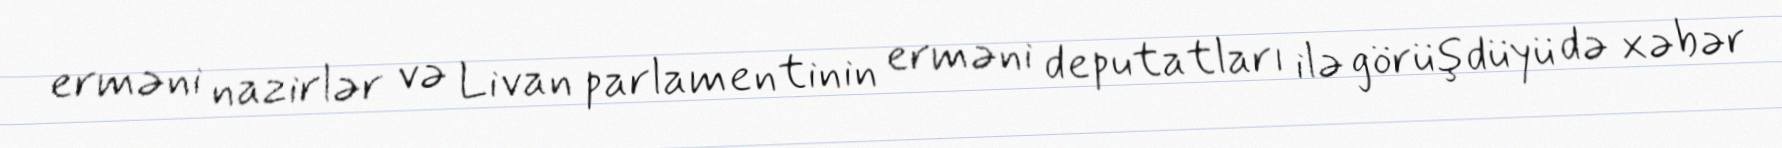
erməni nazirlər və Livan parlamentinin erməni deputatları ilə görüşdüyü də xəbər